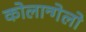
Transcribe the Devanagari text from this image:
कोलान्गेलो